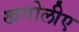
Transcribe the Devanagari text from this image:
खगोलीए